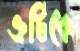
ত্রুটিকে